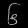
Digit: ၆